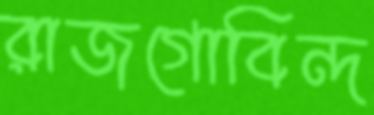
রাজগোবিন্দ